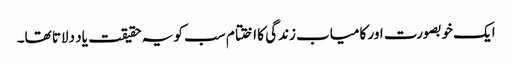
ایک خوبصورت اور کامیاب زندگی کا اختتام سب کو یہ حقیقت یاد دلاتا تھا۔